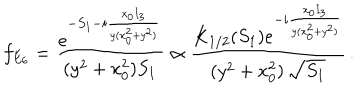
f _ { E _ { 6 } } = \frac { e ^ { - S _ { 1 } - i \frac { x _ { 0 } I _ { 3 } } { y ( x _ { 0 } ^ { 2 } + y ^ { 2 } ) } } } { ( y ^ { 2 } + x _ { 0 } ^ { 2 } ) S _ { 1 } } \propto \frac { K _ { 1 / 2 } ( S _ { 1 } ) e ^ { - i \frac { x _ { 0 } I _ { 3 } } { y ( x _ { 0 } ^ { 2 } + y ^ { 2 } ) } } } { ( y ^ { 2 } + x _ { 0 } ^ { 2 } ) \, \sqrt { S _ { 1 } } } \, .